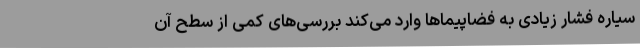
سیاره فشار زیادی به فضاپیماها وارد می‌کند بررسی‌های کمی از سطح آن